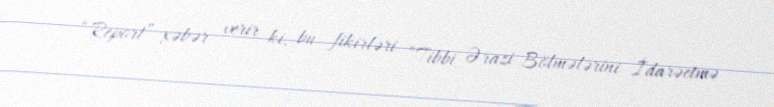
“Report” xəbər verir ki, bu fikirləri “Tibbi Ərazi Bölmələrini İdarəetmə